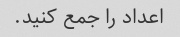
اعداد را جمع کنید.